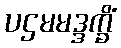
ပဌမမဒ္ဒက္ခိံ